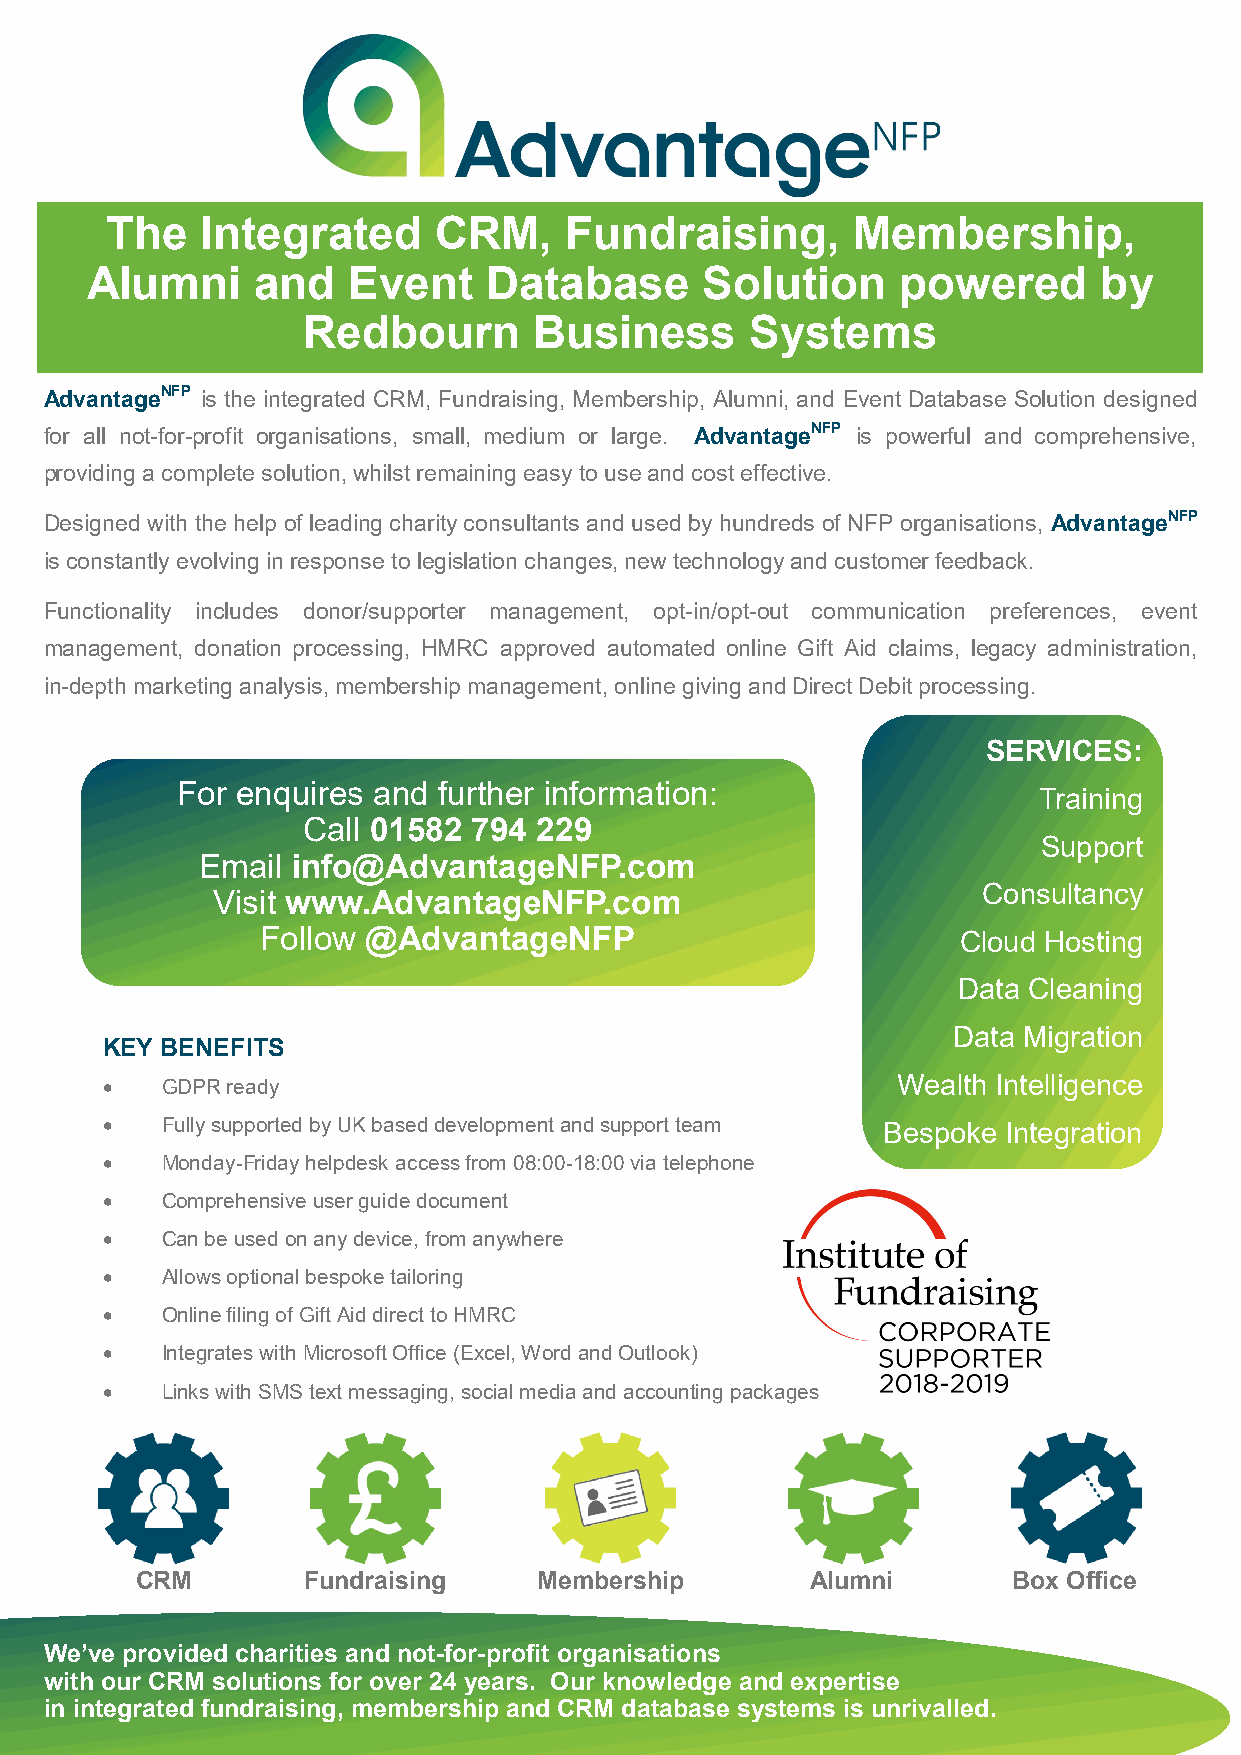
The   Integrated      CRM,    Fundraising,       Membership,
 Alumni     and   Event    Database       Solution    powered       by
 Redbourn       Business       Systems
 AdvantageNFP is the integrated CRM, Fundraising, Membership, Alumni, and Event Database Solution designed
 for all not-for-profit organisations, small, medium or large. AdvantageNFP is powerful and comprehensive,
 providing a complete solution, whilst remaining easy to use and cost effective.
 Designed with the help of leading charity consultants and used by hundreds of NFP organisations, AdvantageNFP
 is constantly evolving in response to legislation changes, new technology and customer feedback.
 Functionality includes donor/supporter management, opt-in/opt-out communication preferences, event
 management, donation processing, HMRC approved automated online Gift Aid claims, legacy administration,
 in-depth marketing analysis, membership management, online giving and Direct Debit processing.
 SERVICES:
 For enquires and further information:
 Training
 Call 01582 794  229
 Support
 Email info@AdvantageNFP.com
 Consultancy
 Visit www.AdvantageNFP.com
 Follow @AdvantageNFP                          Cloud Hosting
 Data Cleaning
 Data Migration
 KEY BENEFITS
 •   GDPR ready                                      Wealth Intelligence
 •   Fully supported by UK based development and support team Bespoke Integration
 •   Monday-Friday helpdesk access from 08:00-18:00 via telephone
 •   Comprehensive user guide document
 •   Can be used on any device, from anywhere
 •   Allows optional bespoke tailoring
 •   Online filing of Gift Aid direct to HMRC
 •   Integrates with Microsoft Office (Excel, Word and Outlook)
 •   Links with SMS text messaging, social media and accounting packages
 CRM        Fundraising     Membership        Alumni       Box Office
 We’ve provided charities and not-for-profit organisations
 with our CRM solutions for over 24 years. Our knowledge and expertise
 in integrated fundraising, membership and CRM database systems is unrivalled.